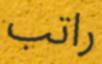
راتب